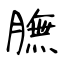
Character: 膴